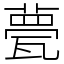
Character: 甍